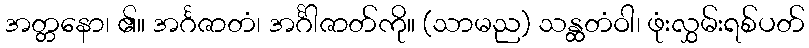
အတ္တနော၊ ၏။ အင်္ဂဇာတံ၊ အင်္ဂါဇာတ်ကို။ (သာမည) သန္ထတံဝါ၊ ဖုံးလွှမ်းရစ်ပတ်